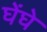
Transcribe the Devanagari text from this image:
घेंघे